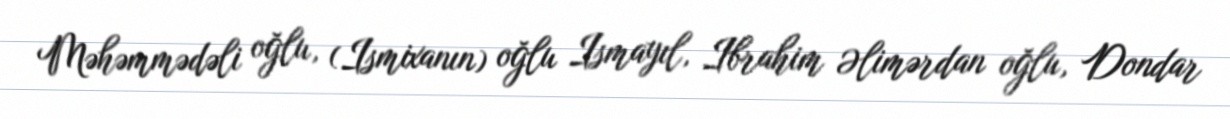
Məhəmmədəli oğlu, (Ismixanın) oğlu Ismayıl, Ibrahim Əlimərdan oğlu, Dondar